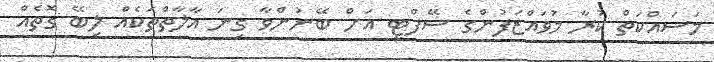
މަސައްކަތް ކުރާ މުވައްޒަފުންގެ ސޭފްޓީ އަށް ބޭނުންވާ ގިނަ އާލާތްތަކެއް ލިބޭ ގޮތެއް